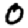
Digit: 0